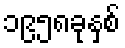
၁၉၅၈ခုနှစ်